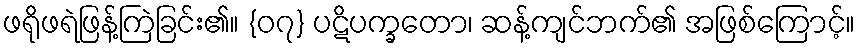
ဖရိုဖရဲဖြန့်ကြဲခြင်း၏။ {၀၇} ပဋိပက္ခတော၊ ဆန့်ကျင်ဘက်၏ အဖြစ်ကြောင့်။